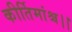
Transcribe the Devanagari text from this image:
कीर्तिमांश्च।।